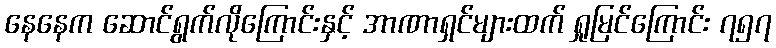
နေနေက ဆောင်ရွက်လိုကြောင်းနှင့် အာဏာရှင်များထက် ရှုမြင်ကြောင်း ၇၅၇